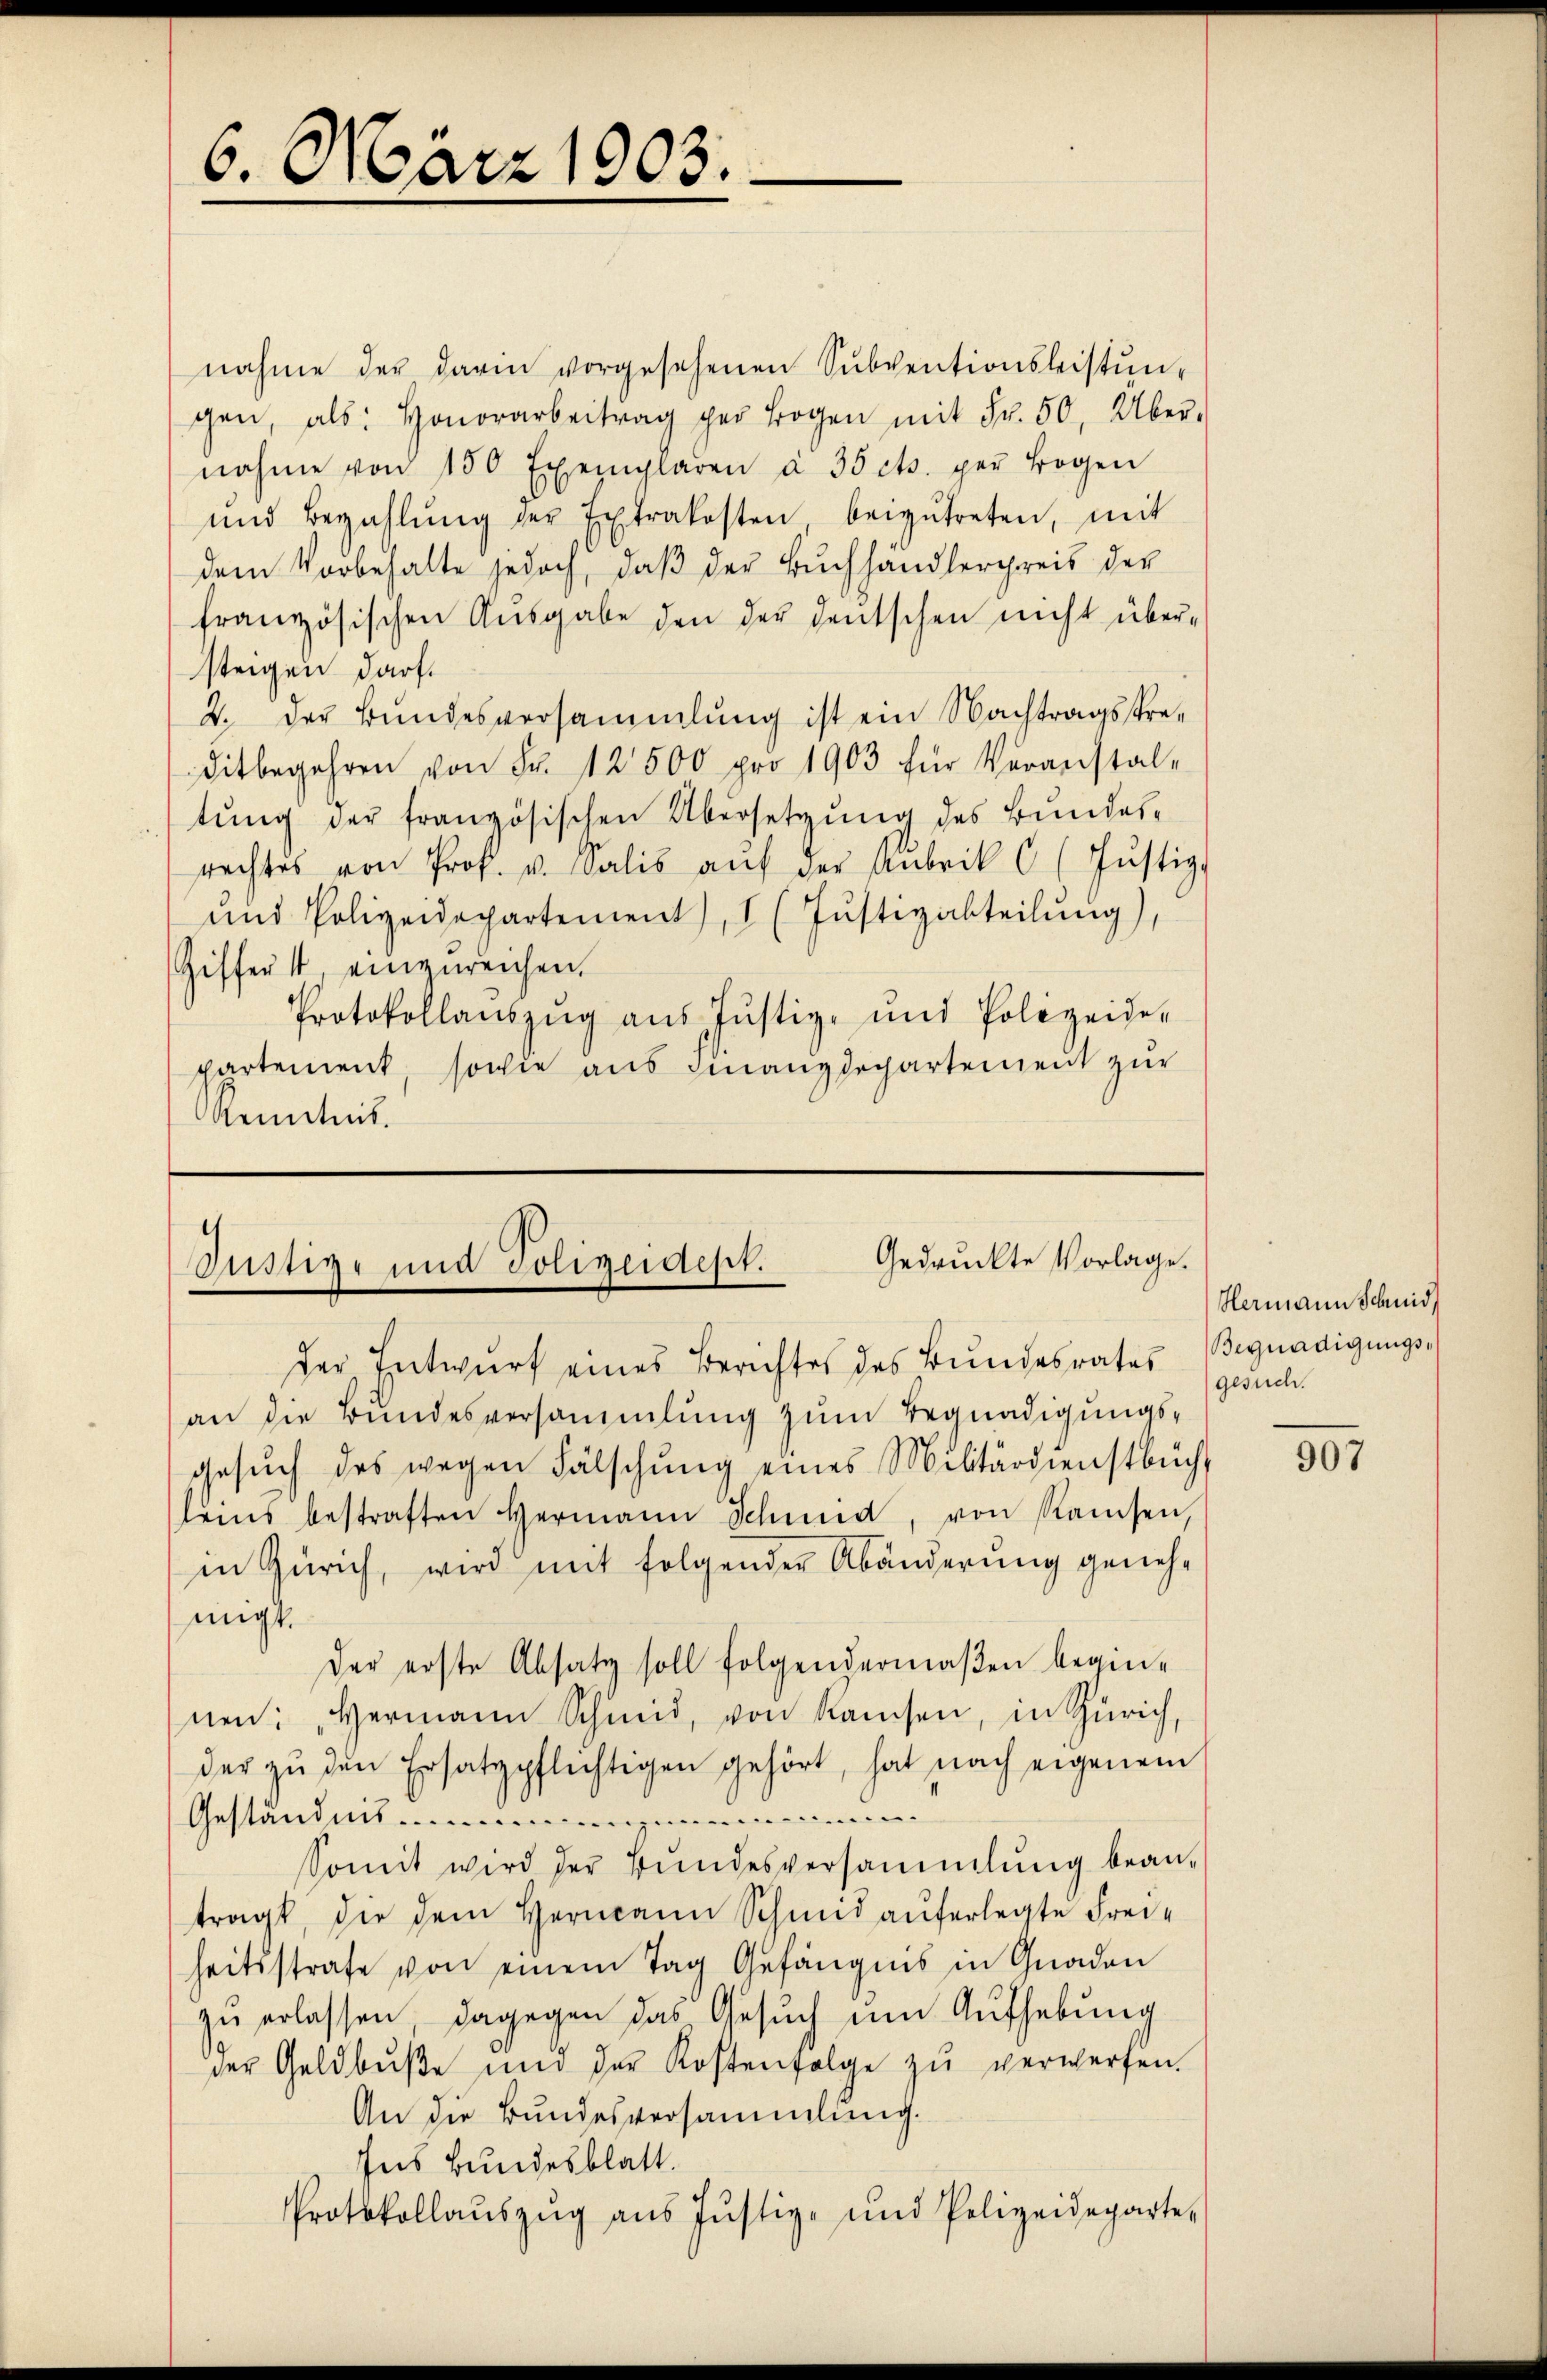
6. März 1903.

nahme der darin vorgesehenen Sŭbventionsleistŭn-
gen, als: Honorarbeitrag per Bogen mit Fr. 50, Über-
nahme von 150 Exemplaren à 35 cts. per Bogen
und Bezahlŭng der Extrakosten beizŭtreten, mit
dem Vorbehalte jedoch, daß der Buchhandlergreis der
französischen Ausgabe den der deutschen nicht übersteigen darf.
2. der Bundesversammlung ist ein Nachtragspreditbegehren von Fr. 12500 pro 1903 für Veranstal-
tung der französischen Übersetzung des Bundesrachtes von Prof. u. Salis aŭf der Anbrik 6 (Jŭstiz-
und Polizeidepartement), I (Justizabteilŭng
Giffert, einzŭreichen.
Protokollaŭszŭg aŭs Jŭstiz- und Polizeide-
partement, sowie aus Finanzdechartement zur
Kenntnis.

Gedruckte Vorlage.
Justiz- und Polizeidept.
der Entwurf eines Berichtes des Bundesrates Begnadigungs¬

an die Bundesversammlung zum Begnadigungsgesŭch des wegen Fälschung eines Militärdienstbuch,
leins bestraften Hermann Schmid, von Ramsen,
in Zürich, wird mit folgender Abänderung genehmigt.
Der erste Absatz soll folgendermaßen beginnen: „Vermann Schmid, von Ramsen, in Zürich,
der zu den Ersatzpflichtigen gehört, hat nach eigenem
Geständnis
Somit wird der Bŭndesversammlung bean-
tragt, die dem Hermann Schmid auferlegte Freiheitsstrafe von einem Tag Gefängnis in Gnaden
zu erlassen, dagegen das Gesuch um Aufhebung
der Geldbŭβe und der Kostenfolge zŭ verwerfen.
An die Bundesversammlung.
Ins Bundesblatt.
Protokollaŭszŭg ans Jŭstiz- und Polizeideparte

Hermann Schnid
gesuch.

907